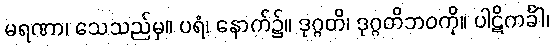
မရဏာ၊ သေသည်မှ။ ပရံ၊ နောက်၌။ ဒုဂ္ဂတိ၊ ဒုဂ္ဂတိဘဝကို။ ပါဋိကင်္ခါ၊